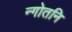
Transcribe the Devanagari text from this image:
न्गोतनि